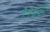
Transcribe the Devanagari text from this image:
११४वॉ